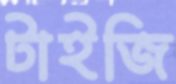
টাইজি